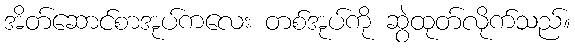
အိတ်ဆောင်စာအုပ်ကလေး တစ်အုပ်ကို ဆွဲထုတ်လိုက်သည်။